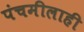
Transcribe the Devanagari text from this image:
पंचमीलाही